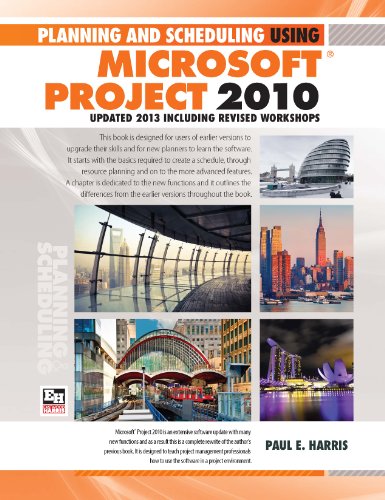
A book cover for Planning and Scheduling Using Microsoft Project 2010 - Updated 2013 Including Revised Workshops; Paul E Harris; Computers & Technology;